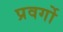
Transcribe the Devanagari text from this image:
प्रवर्गो